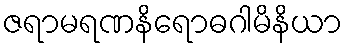
ဇရာမရဏနိရောဓဂါမိနိယာ